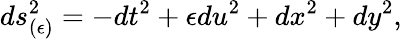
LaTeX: ds_{(\epsilon)}^{2}=-dt^{2}+\epsilon du^{2}+dx^{2}+dy^{2},